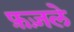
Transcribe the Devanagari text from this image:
फ़ज़ले